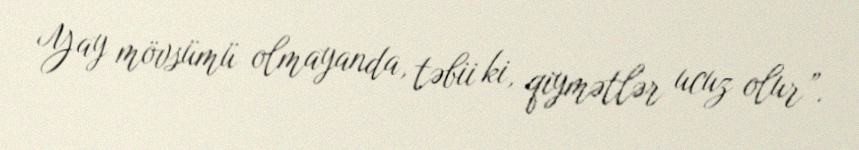
Yay mövsümü olmayanda, təbii ki, qiymətlər ucuz olur”.